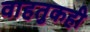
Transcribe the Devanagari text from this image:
वाहतुकही